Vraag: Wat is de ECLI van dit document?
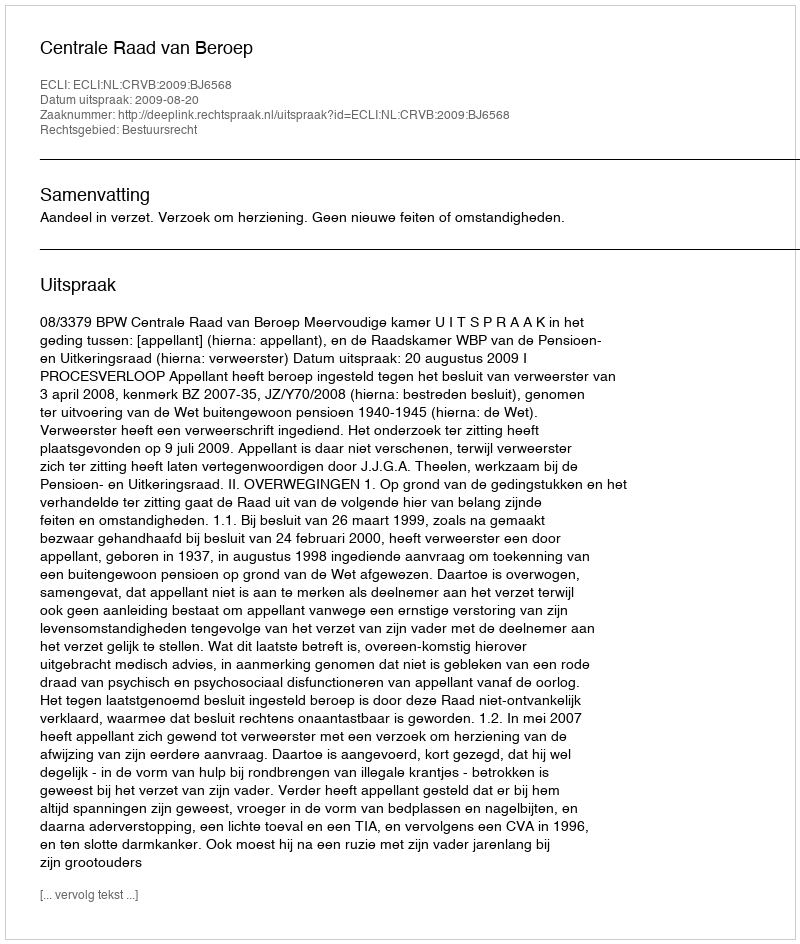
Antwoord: ECLI:NL:CRVB:2009:BJ6568